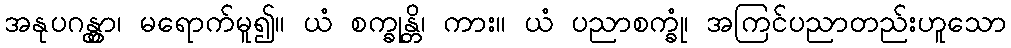
အနုပဂန္တွာ၊ မရောက်မူ၍။ ယံ စက္ခုန္တိ၊ ကား။ ယံ ပညာစက္ခုံ၊ အကြင်ပညာတည်းဟူသော